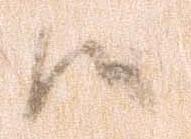
候